Report on vaccination in the Province of Bengal - 1869-1873
Year: 1869
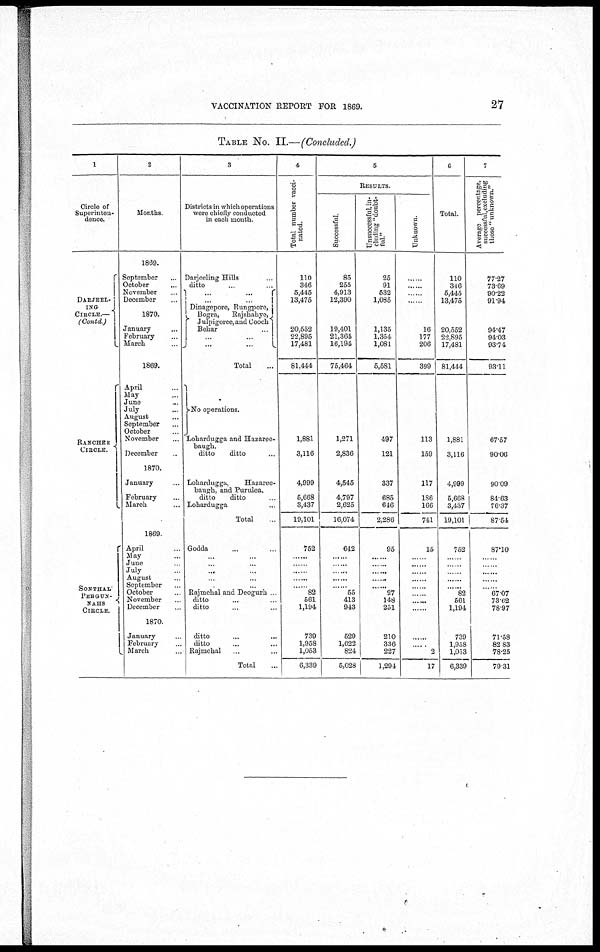
VACCINATION REPORT FOR 1869.
27
TABLE No. II.—(Concluded.)
1
Circle of
Superinten-
dence.
DARJEEL-
ING
CIRCLE.—
(Contd)
RANCHEE
CIRCLE.
SONTHAL
PERGUN-
NAHS
CIRCLE.
2
Months.
1869.
September ...
October ...
November ...
December ...
1870.
January ...
February ...
March ...
1869.
April ...
May ...
June ...
July ...
August ...
September ...
October ...
November ...
December ...
1870.
January ...
February ...
March ...
1869.
April ...
May ...
June ...
July ...
August ...
September ...
October ...
November ...
December
1870
January ...
February ...
March ...
3
Districts in which operations
were chiefly conducted
in each month.
Darjeeling Hills ...
ditto ... ...
... ...
... ...
Dinagepore, Rungpore,
Bogra,
Rajshahye,
Julpigoree, and Cooch
Behar ...
... ...
... ...
Total ...
No operations.
Lohardugga and Hazaree-
baugh.
ditto
ditto ...
Lohardugga,
Hazaree-
baugh, and Purulea.
ditto
ditto ...
Lohardugga ...
Total
Godda ... ...
. .
...
...
...
...
. .
. ...
......
Rajmehal and Deogurh ...
ditto ... ...
ditto ... ...
ditto ... ...
ditto ... ...
Rajmehal ... ...
Total ...
4
Total number vacci-
nated.
110
346
5,445
13,475
20,552
22,895
17,481
81,444
1,881
3,116
4,999
5,668
3,437
19,101
752
......
......
.. ..
......
82
561
1,194
739
1,958
1,053
6,339
5
RESULTS.
Successful
85
255
4,913
12,390
19,401
21,364
16,194
75,464
1,271
2,836
4,545
4,797
2,625
16,074
642
......
......
......
......
55
413
943
529
1,622
824
5,028
Unsuccessful, in-
cluding "doubt-
ful."
25
91
532
1,085
1,135
1,354
1,081
5,581
497
121
337
685
646
2,286
95
......
......
......
......
27
148
251
210
336
227
1,294
Unknown
......
......
......
......
16
177
206
399
113
159
117
186
166
741
15
......
......
... .
......
......
......
......
......
2
17
6
Total
110
346
5,445
13,475
20,552
22,895
17,481
81,444
1,881
3,116
4,999
5,668
3,437
19,101
752
......
......
......
......
......
82
561
1,194
739
1,958
1,053
6,339
7
Average percentage,
successful excluding
those " unknown."
77.27
73.69
90.22
91.94
94.47
94.03
93.74
93.11
67.57
90.06
90.09
84.63
76.37
87.54
87.10
......
......
......
......
67.07
73.62
78.97
71.58
82.83
78.25
79.31